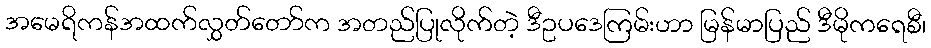
အမေရိကန်အထက်လွှတ်တော်က အတည်ပြုလိုက်တဲ့ ဒီဥပဒေကြမ်းဟာ မြန်မာပြည် ဒီမိုကရေစီ၊